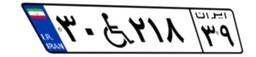
۳۰W۲۱۸۳۹